Vaccination North-Western Provinces and Oudh 1878-1895 - 1878-1895
Year: 1878
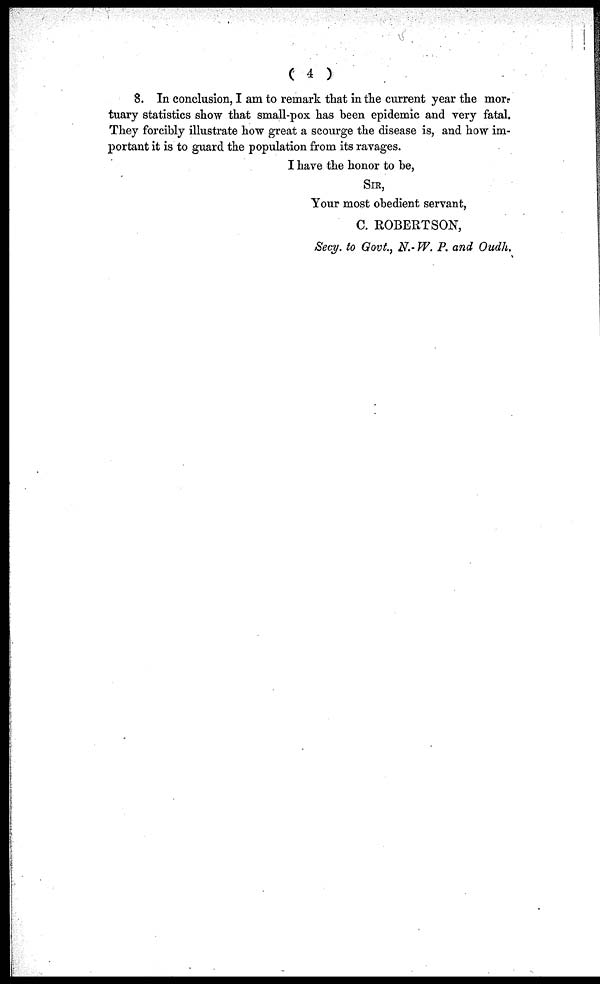
( 4 )
8. In conclusion, I am to remark that in the current year the mor-
tuary statistics show that small-pox has been epidemic and very fatal.
They forcibly illustrate how great a scourge the disease is, and how im-
portant it is to guard the population from its ravages.
I have the honor to be,
SIR,
Your most obedient servant,
C. ROBERTSON,
Secy. to Govt., N.- W. P. and Oudh.